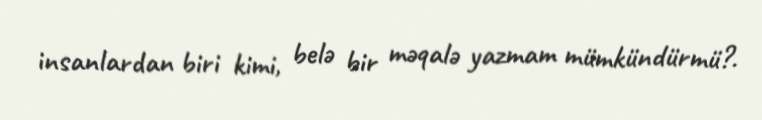
insanlardan biri kimi, belə bir məqalə yazmam mümkündürmü?.